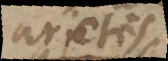
arietis